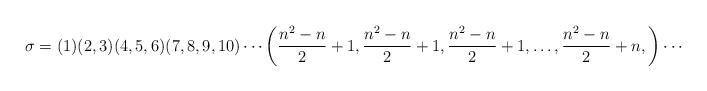
LaTeX: \begin{align*}\sigma = (1) (2,3) (4,5,6) (7,8,9,10) \cdots \left( \frac{n^2-n}{2}+1 , \frac{n^2-n}{2}+1 , \frac{n^2-n}{2}+1 , \ldots, \frac{n^2-n}{2}+n , \right) \cdots \end{align*}